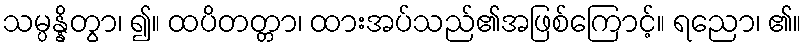
သမ္ပန္နိတွာ၊ ၍။ ထပိတတ္တာ၊ ထားအပ်သည်၏အဖြစ်ကြောင့်။ ရညော၊ ၏။